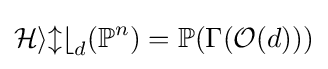
{\mathcal {Hilb}}_{d}(\mathbb {P} ^{n})=\mathbb {P} (\Gamma ({\mathcal {O}}(d)))